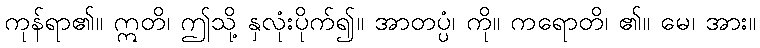
ကုန်ရာ၏။ ဣတိ၊ ဤသို့ နှလုံးပိုက်၍။ အာတပ္ပံ၊ ကို။ ကရောတိ၊ ၏။ မေ၊ အား။